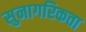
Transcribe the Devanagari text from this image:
सुनागरिकता